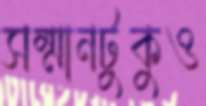
সম্মানটুকুও